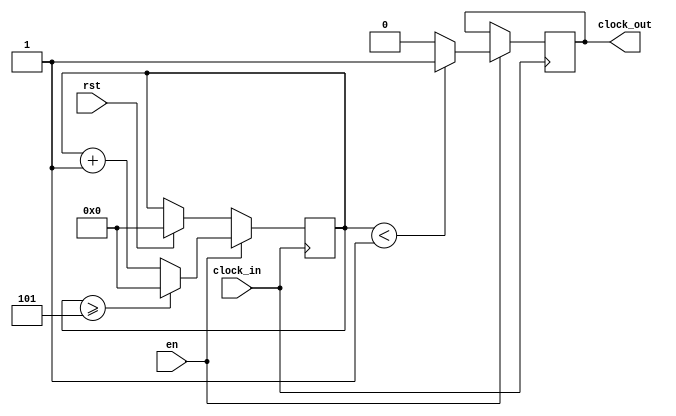
`timescale 1ns / 1ps
//////////////////////////////////////////////////////////////////////////////////
// Company: 
// Engineer: 
// 
// Design Name: 
// Module Name: clock_divider_max
// Project Name: 
// Target Devices: 
// Tool Versions: 
// Description: 
// 
// Dependencies: 
// 
// Revision:
// Revision 0.01 - File Created
// Additional Comments:
// 
//////////////////////////////////////////////////////////////////////////////////


module clock_divider_max(clock_in,en,rst,clock_out);

    input clock_in; // input clock on FPGA
    input en,rst;
    output reg clock_out; // output clock after dividing the input clock by divisor
    reg[27:0] counter=28'd0;
    parameter DIVISOR = 28'd6; //parameter DIVISOR = 28'd12;
    // The frequency of the output clk_out
    //  = The frequency of the input clk_in divided by DIVISOR
    // For example: Fclk_in = 50Mhz, if you want to get 1Hz signal to blink LEDs
    // You will modify the DIVISOR parameter value to 28'd50.000.000
    // Then the frequency of the output clk_out = 50Mhz/50.000.000 = 1Hz
    
    initial
    begin
        clock_out=0;
    end
    
    always @(posedge clock_in)
    begin
        if(rst)
        begin
            counter <= 28'd0;
        end
        if(en)
        begin
            counter <= counter + 28'd1;
             if(counter>=(DIVISOR-1))
             begin
              counter <= 28'd0;
             end
             clock_out <= (counter<DIVISOR/6)?1'b1:1'b0; // clock_out <= (counter<DIVISOR/12)?1'b1:1'b0;
        end
    end
endmodule